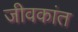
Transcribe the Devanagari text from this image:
जीवकांत